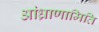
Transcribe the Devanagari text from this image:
आंध्राणामिति